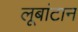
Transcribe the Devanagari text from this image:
लूबांटान